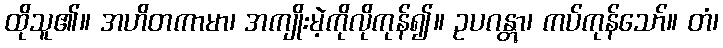
ထိုသူ၏။ အဟိတကာမာ၊ အကျိုးမဲ့ကိုလိုကုန်၍။ ဥပဂန္တွာ၊ ကပ်ကုန်သော်။ တံ၊